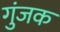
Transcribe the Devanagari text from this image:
गुंजक